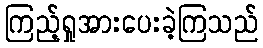
ကြည့်ရှုအားပေးခဲ့ကြသည်